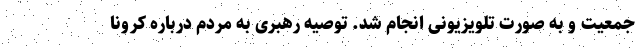
جمعیت و به صورت تلویزیونی انجام شد. توصیه رهبری به مردم درباره کرونا